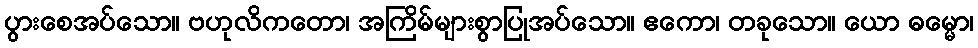
ပွားစေအပ်သော။ ဗဟုလိကတော၊ အကြိမ်များစွာပြုအပ်သော။ ဧကော၊ တခုသော။ ယော ဓမ္မော၊